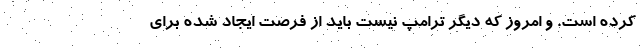
کرده است‌. و امروز که دیگر ترامپ نیست باید از فرصت ایجاد شده برای